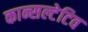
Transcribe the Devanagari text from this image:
कान्सल्टेटिव